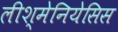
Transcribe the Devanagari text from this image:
लीश्मेनियेसिस